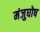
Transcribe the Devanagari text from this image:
मंजुघोष